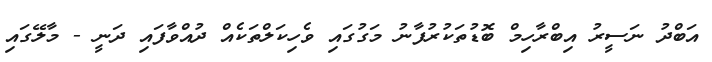
އަބްދު ނަސީރު އިބްރާހިމް ބޮޑުތަކުރުފާނު މަގުގައި ވެހިކަލްތަކެއް ދުއްވާފައި ދަނީ - މާލޭގައި